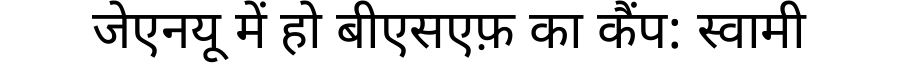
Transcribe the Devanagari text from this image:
जेएनयू में हो बीएसएफ़ का कैंप: स्वामी